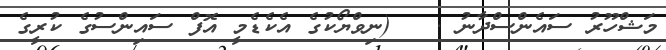
މަޝްހޫރު ސައެންސްދާނު .   (ނިވްޔޯކުގެ އެކެޑެމީ އޮފް ސައިންސުގެ ކުރީގެ